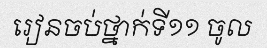
រៀនចប់ថ្នាក់ទី១១ ចូល